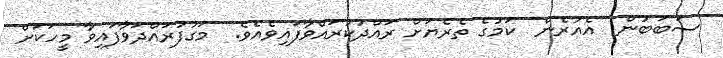
ސަބަބުން  އެއުރެން  ކަމުގެ ތެރެޔަށް ރައްދުކުރައްވާފައިވެއެވެ.  މަގުފުރައްދަވާފައިވާ މީހަކަށް